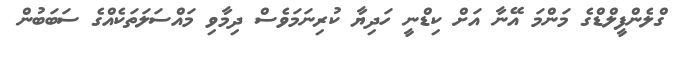
ގްލެންފީލްޑްގެ މަންމަ އޭނާ އަށް ކިޑްނީ ހަދިޔާ ކުރިނަމަވެސް ދިމާވި މައްސަލަތަކެއްގެ ސަބަބުން